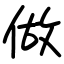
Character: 做